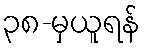
၃၈-မှယူရန်